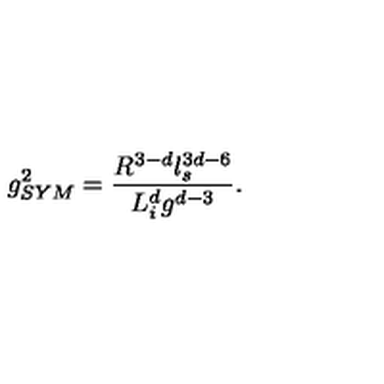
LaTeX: g _ { S Y M } ^ { 2 } = \frac { R ^ { 3 - d } l _ { s } ^ { 3 d - 6 } } { L _ { i } ^ { d } g ^ { d - 3 } } .